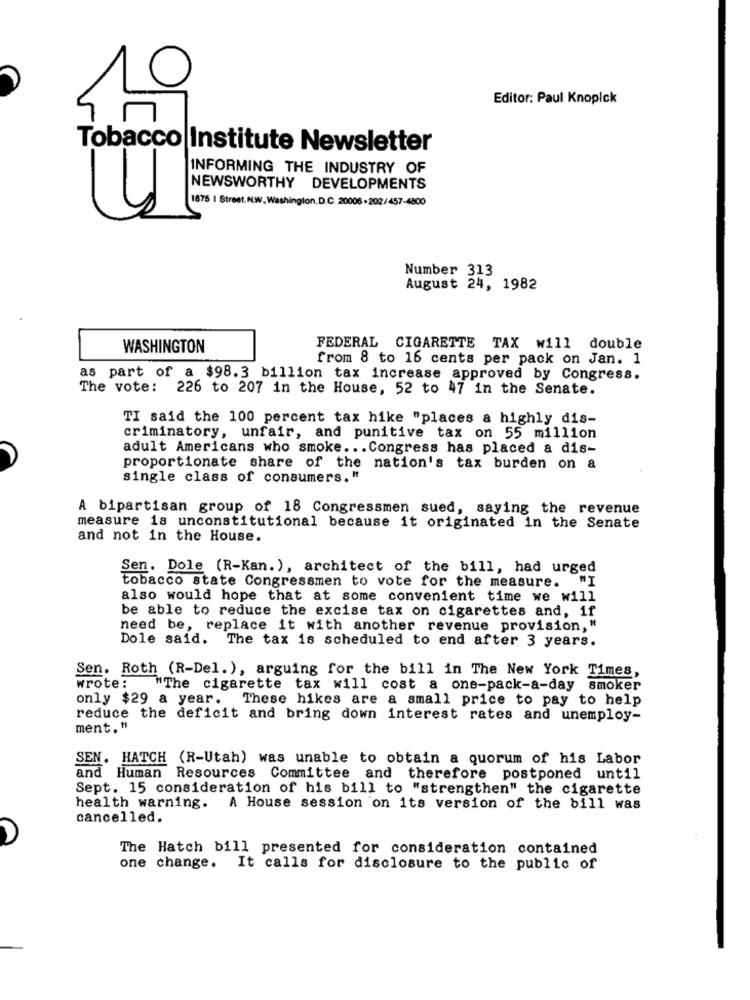
Editor: Paul Knopick
Tobacco Institute Newsletter
INFORMING THE INDUSTRY OF
1875 I Street, NW, Washington,D.C. 20006 -202/457-4800
NEWSWORTHY DEVELOPMENTS
Number 313
August 24, 1982
WASHINGTON
FEDERAL CIGARETTE TAX will double
from 8 to 16 cents per pack on Jan. 1
as part of a $98.3 billion tax increase approved by Congress.
The vote: 226 to 207 in the House, 52 to 47 in the Senate.
TI said the 100 percent tax hike "places a highly dis-
criminatory, unfair, and punitive tax on 55 million
adult Americans who smoke ... Congress has placed a dis-
proportionate share of the nation's tax burden on &
single class of consumers."
A bipartisan group of 18 Congressmen sued, saying the revenue
measure is unconstitutional because it originated in the Senate
and not in the House.
Sen. Dole (R-Kan.), architect of the bill, had urged
tobacco state Congressmen to vote for the measure.
also would hope that at some convenient time we will
be able to reduce the excise tax on cigarettes and, if
need be, replace it with another revenue provision, "
Dole said.
The tax is scheduled to end after 3 years.
Sen. Roth (R-Del. ), arguing for the bill in The New York Times,
wrote:
"The cigarette tax will cost a one-pack-a-day smoker
only $29 a year. These hikes are a small price to pay to help
reduce the deficit and bring down interest rates and unemploy-
ment."
SEN. HATCH (R-Utah) was unable to obtain a quorum of his Labor
and Human Resources Committee and therefore postponed until
Sept. 15 consideration of his bill to "strengthen" the cigarette
health warning.
A House session on its version of the bill was
cancelled.
The Hatch bill presented for consideration contained
one change. It calls for disclosure to the public of